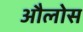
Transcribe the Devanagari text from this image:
औलोस